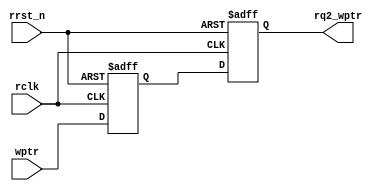
`timescale 1ns / 1ps
//////////////////////////////////////////////////////////////////////////////////
// Company: 
// Engineer: 
// 
// Design Name: 
// Module Name:    sync_w2r 
// Project Name: 
// Target Devices: 
// Tool versions: 
// Description: 
//
// Dependencies: 
//
// Revision: 
// Revision 0.01 - File Created
// Additional Comments: 
//
//////////////////////////////////////////////////////////////////////////////////
module sync_w2r 
	#(
		parameter ADDRSIZE = 4
	)
	(
		output reg [ADDRSIZE:0] rq2_wptr,
		input [ADDRSIZE:0] wptr,
		input rclk, rrst_n
	);

	reg [ADDRSIZE:0] rq1_wptr;

	always @(posedge rclk or negedge rrst_n)
		if (!rrst_n) {rq2_wptr,rq1_wptr} <= 0;
		else {rq2_wptr,rq1_wptr} <= {rq1_wptr,wptr};
endmodule